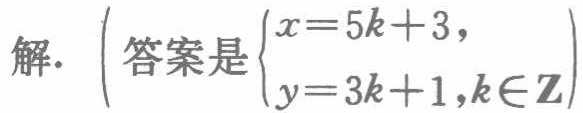
解.（答案是\(\begin{cases}x = 5k + 3,\\y = 3k + 1,k\in\mathbf{Z}\end{cases}\)）